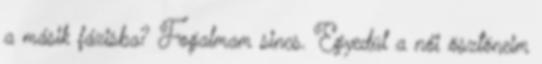
a másik fázisba? Fogalmam sincs. Egyedül a női ösztöneim